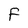
Character: F